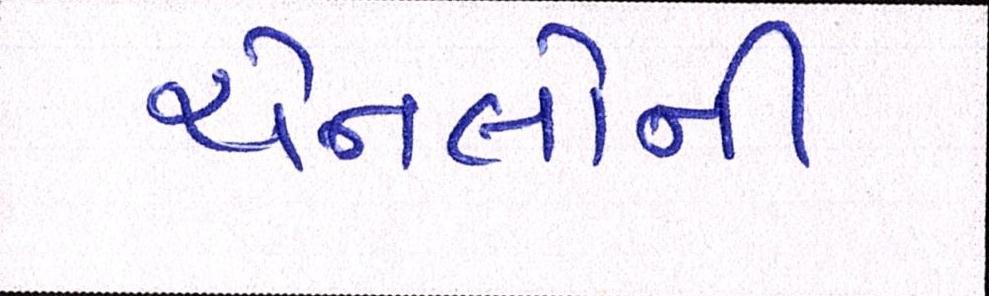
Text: ચેનલોની